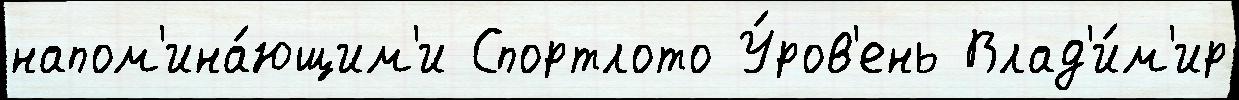
напом'ина́ющим'и Спортлото У́ров'ень Влад'и́м'ир